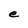
Character: e